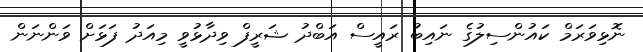
ނޮޅިވަރަމް ކައުންސިލުގެ ނައިބު ރައީސް އަބްދު ޝަރީފް ވިދާޅުވީ މިއަދު ފަޅަށް ވަންނަން